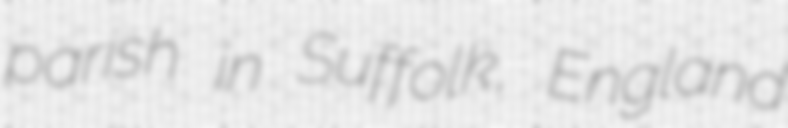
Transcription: parish in Suffolk, England